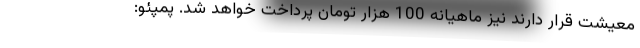
معیشت قرار دارند نیز ماهیانه 100 هزار تومان پرداخت خواهد شد. پمپئو: